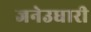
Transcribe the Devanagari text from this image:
जनेउधारी